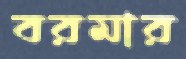
বরমার